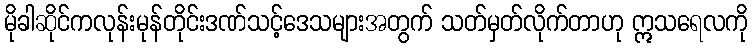
မိုခါဆိုင်ကလုန်းမုန်တိုင်းဒဏ်သင့်ဒေသများအတွက် သတ်မှတ်လိုက်တာဟု ဣသရေလကို